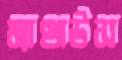
ম্যাথাউস